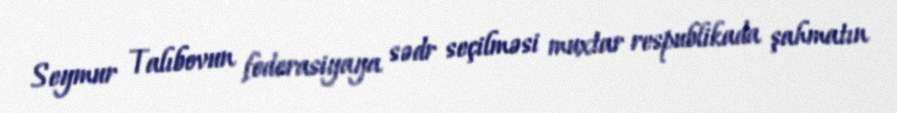
Seymur Talıbovun federasiyaya sədr seçilməsi muxtar respublikada şahmatın